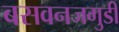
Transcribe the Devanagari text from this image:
बसवनजगुडी